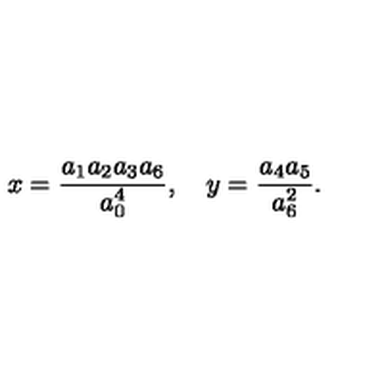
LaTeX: x = \frac { a _ { 1 } a _ { 2 } a _ { 3 } a _ { 6 } } { a _ { 0 } ^ { 4 } } , \quad y = \frac { a _ { 4 } a _ { 5 } } { a _ { 6 } ^ { 2 } } .